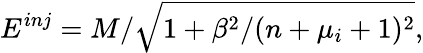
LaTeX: E^{inj}=M/\sqrt{1+\beta^{2}/(n+\mu_{i}+1)^{2}},